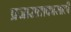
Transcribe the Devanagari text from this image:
प्रजासत्ताकासाठी